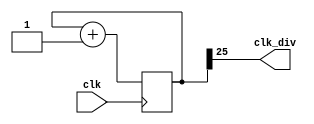
`timescale 1ns / 1ps

module clock_divider(clk,clk_div);
    input clk;
    output clk_div;
    parameter n = 26;
    reg[n-1:0]num;
    wire[n-1:0]next_num;
    always@(posedge clk)begin
        num <= next_num;
    end
    assign next_num = num + 1;
    assign clk_div = num[n-1];
endmodule

module lab03_1(clk,rst,en,dir,led);
    input clk,rst,en,dir;
    output[15:0] led;
    
    reg[15:0]led_next = 0;
    reg[15:0]led = 0;
    wire clk_div;
    clock_divider div(.clk(clk), .clk_div(clk_div));
    always@(posedge clk_div)begin
        led <= led_next;
    end
    always@(*)begin
        if(rst == 1)begin
            led_next = 16'b1000000000000000;
        end
        else begin
            if(en == 1 && dir == 0)begin
                led_next[14:0] = led[15:1];
                led_next[15] = led[0];
            end
            else if(en ==1 && dir == 1)begin
                led_next[0] = led[15];
                led_next[15:1] = led[14:0];
            end
            else begin
                led_next = led;
            end
        end
    end
endmodule